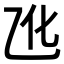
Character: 𪜐